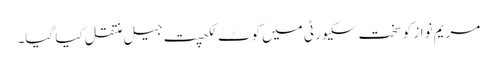
مریم نواز کو سخت سکیورٹی میں کوٹ لکھپت جیل منتقل کیا گیا۔